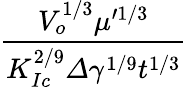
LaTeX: \frac{V_{o}^{1/3}\mu^{\prime 1/3}}{K_{Ic}^{2/9}\varDelta\gamma^{1/9}t^{1/3}}